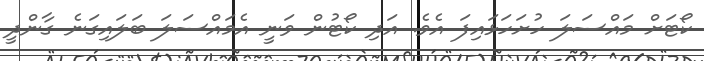
ކޯޓަށް މައްސަލަ ހުށަހަޅައިފަ އެވެ. އަދި ކޯޓުން ވަނީ އެމައްސަލަ ބަލައިގަނެ ގާންދީ